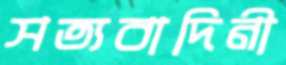
সত্যবাদিনী